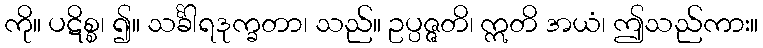
ကို။ ပဋိစ္စ၊ ၍။ သင်္ခါရဒုက္ခတာ၊ သည်။ ဥပ္ပဇ္ဇတိ၊ ဣတိ အယံ၊ ဤသည်ကား။